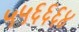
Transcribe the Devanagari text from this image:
५५६६६४